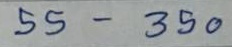
55 - 350